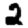
Digit: 2